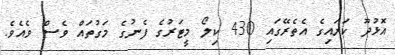
އޮޅުދޫ ކަރައިގެ އެތެރޭގައި 430 ކިލޯ މީޓަރުގެ ފެނުގެ މަގުތައް ވެސް ވެއެވެ.